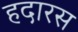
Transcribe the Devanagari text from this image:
हदारस